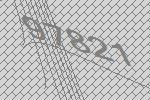
97821